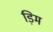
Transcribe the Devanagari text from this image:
ड़िम